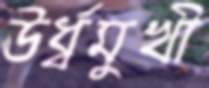
ঊর্ধ্বমুখী